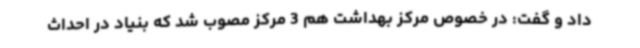
داد و گفت: در خصوص مرکز بهداشت هم 3 مرکز مصوب شد که بنیاد در احداث